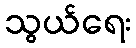
သွယ်ရေး